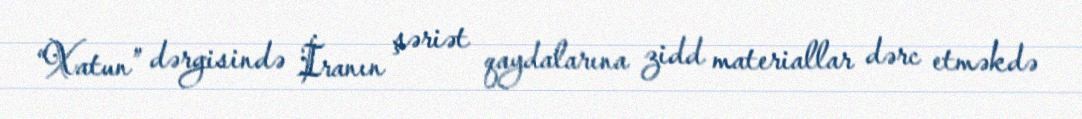
“Xatun” dərgisində İranın şəriət qaydalarına zidd materiallar dərc etməkdə